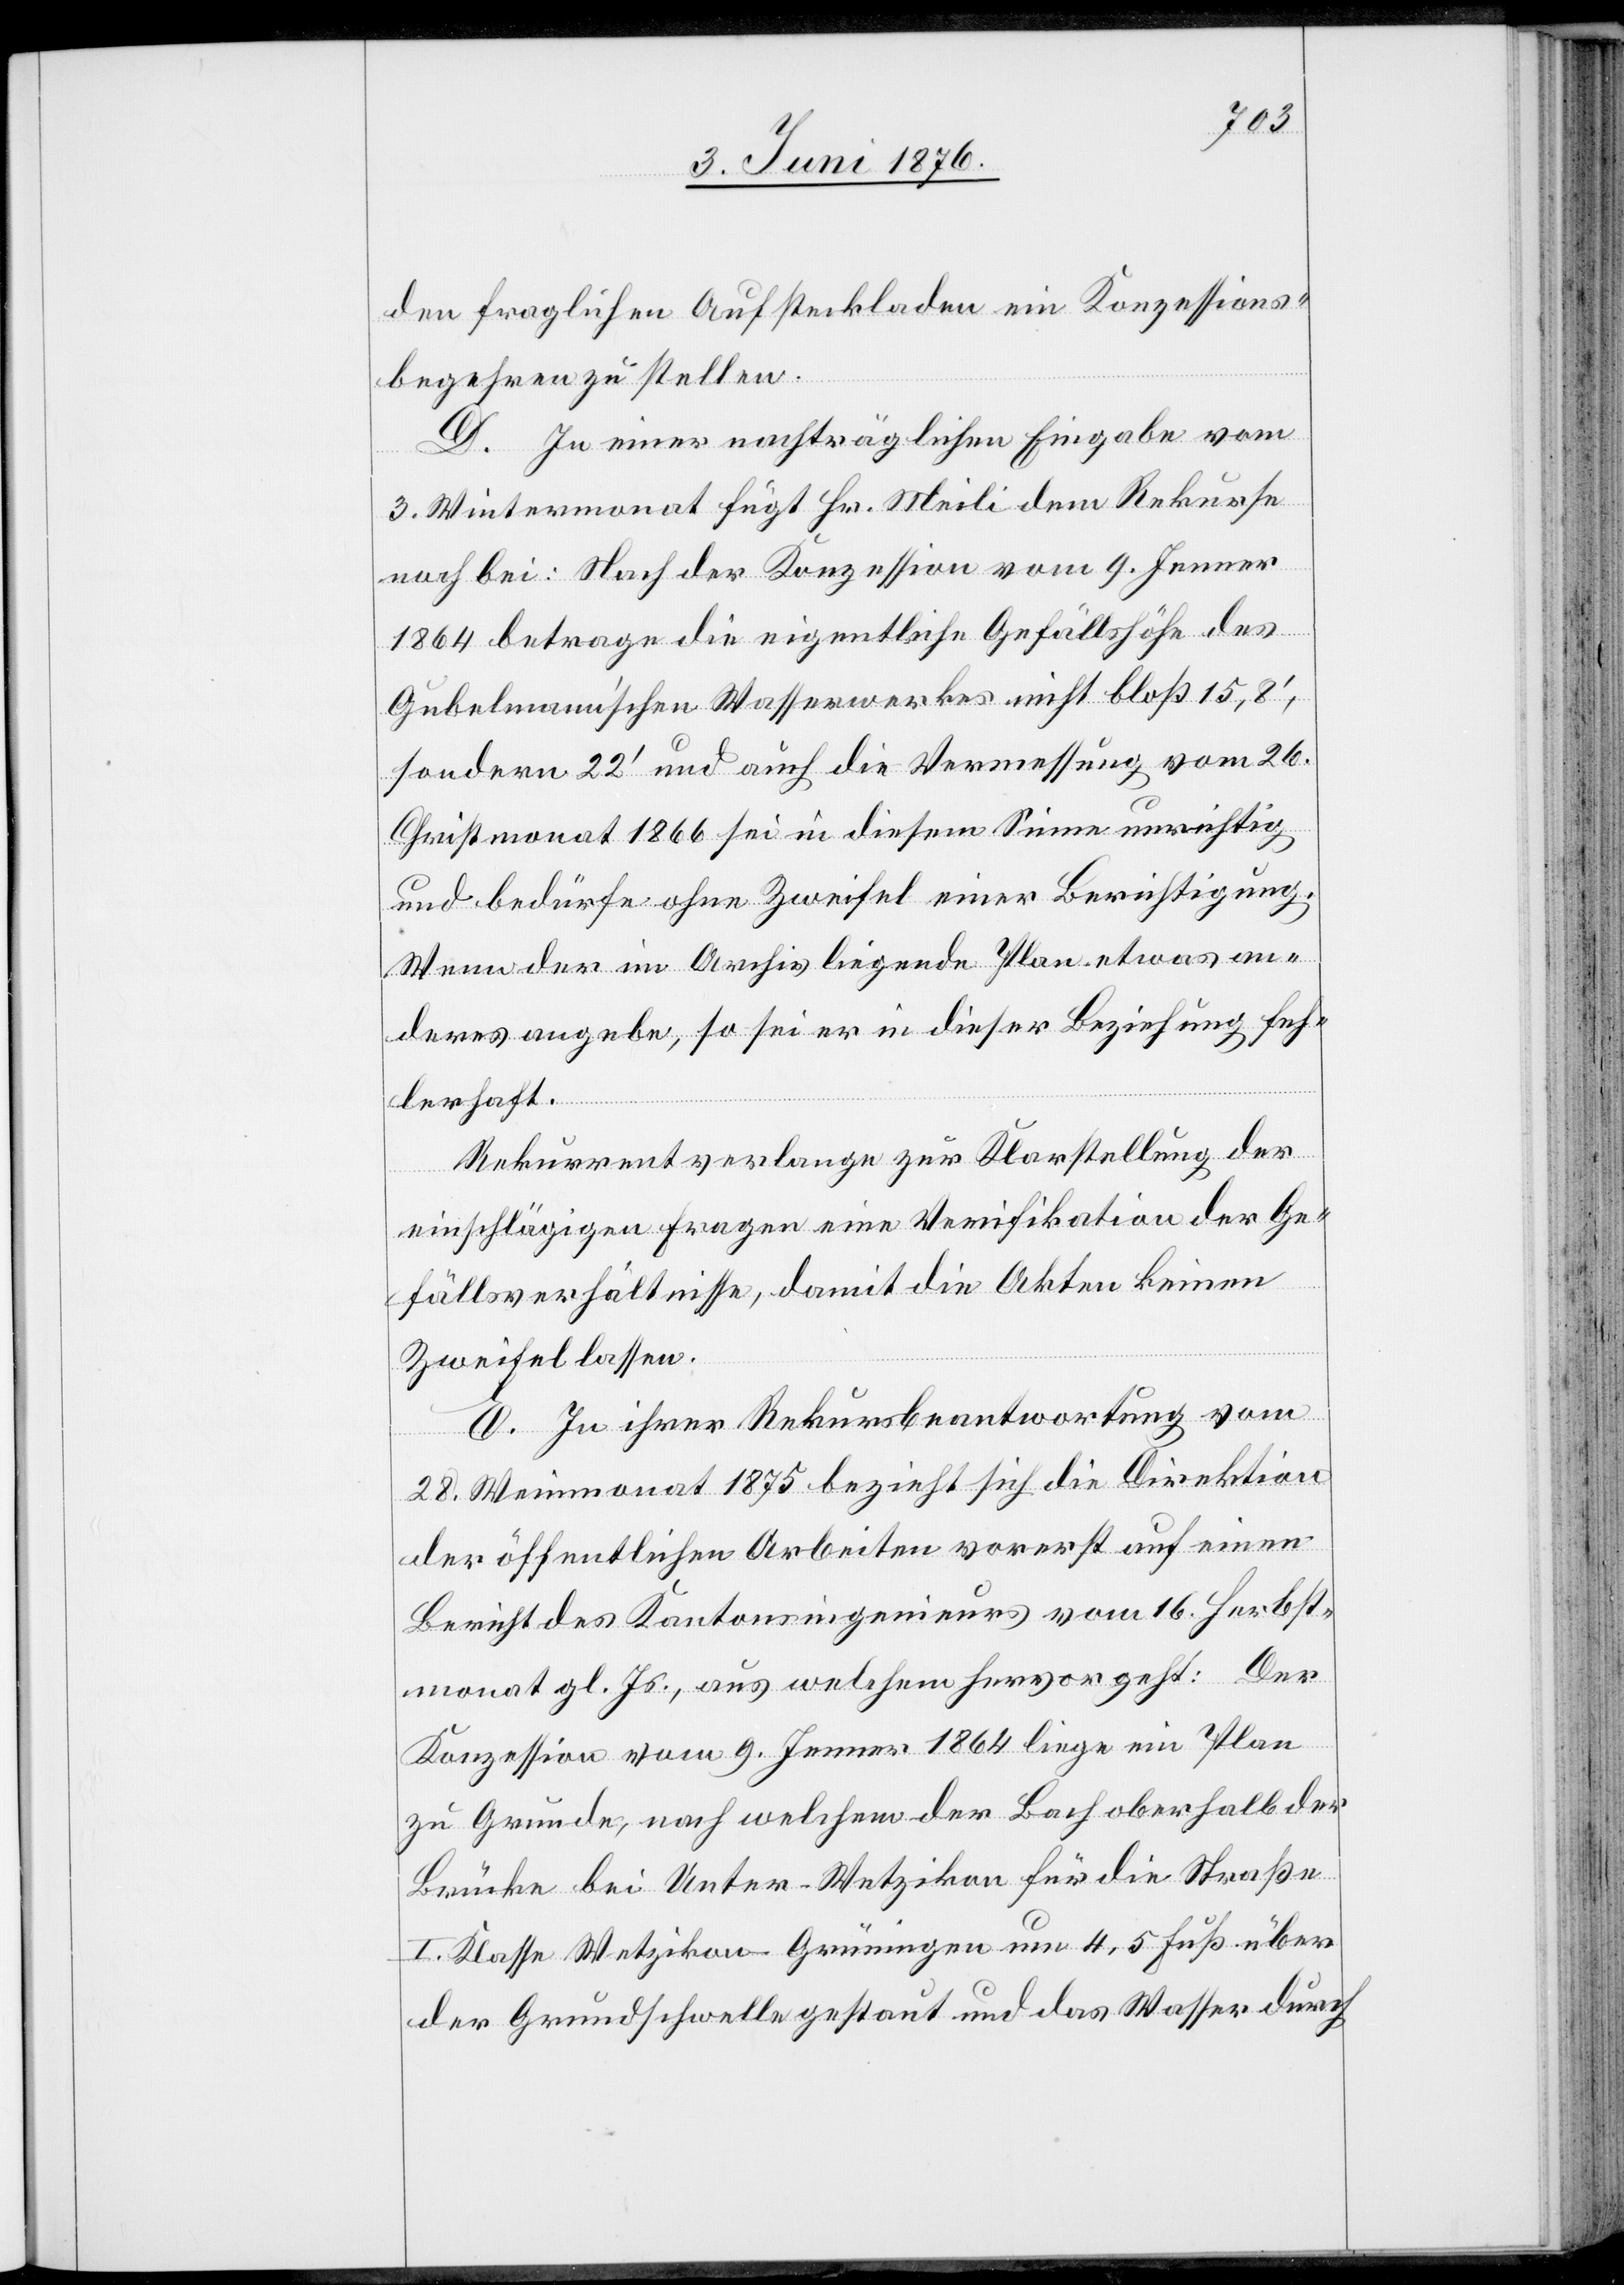
den fraglichen Aufsteckladen ein Konzessions¬
begehren zu stellen.
D. In einer nachträglichen Eingabe vom
3. Wintermonat fügt Hr. Meili dem Rekurse
noch bei: Nach der Konzession vom 9. Jenner
1864 betrage die eigentliche Gefällshöhe des
Gubelmann’schen Wasserwerkes nicht bloß 15,8‘,
sondern 22‘ und auch die Vermessung vom 25.
Christmonat 1866 sei in diesem Sinne unrichtig
und bedürfe ohne Zweifel einer Berichtigung.
Wenn der im Archiv liegende Plan etwas an¬
deres angebe, so sei er in dieser Beziehung feh¬
lerhaft.
Rekurrent verlange zur Klarstellung der
einschlägigen Fragen eine Verifikation der Ge¬
fällsverhältnisse, damit die Akten keinen
Zweifel lassen.
E. In ihrer Rekursbeantwortung vom
28. Weinmonat 1875 bezieht sich die Direktion
der öffentlichen Arbeiten vorerst auf einen
Bericht des Kantonsingenieurs vom 16. Herbst¬
monat gl. Js., aus der hervorgeht: Der
Konzession vom 9. Jenner 1864 liege ein Plan
zu Grunde, nach welchem der Bach oberhalb der
Brücke bei Unter-Wetzikon für die Straße
I. Klasse Wetzikon–Grüningen um 4,5 Fuß über
der Grundschwelle gestaut und das Wasser durch